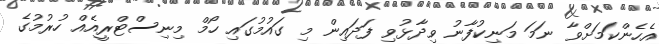
އެހެންކަމަށްވާ ނަމަ މަނިކުފާނު ވިދާޅުވި ފަދައިން މި ގައުމުގައި ހޯމް މިނިސްޓްރީއެއް ހުރުމުގެ